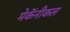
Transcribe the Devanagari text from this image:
मेकॅनीकल